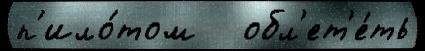
п'ило́том   обл'ет'е́ть